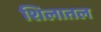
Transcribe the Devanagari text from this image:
शिलातल